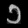
Digit: ၁